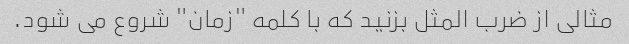
مثالی از ضرب المثل بزنید که با کلمه "زمان" شروع می شود.